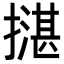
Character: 𢵺